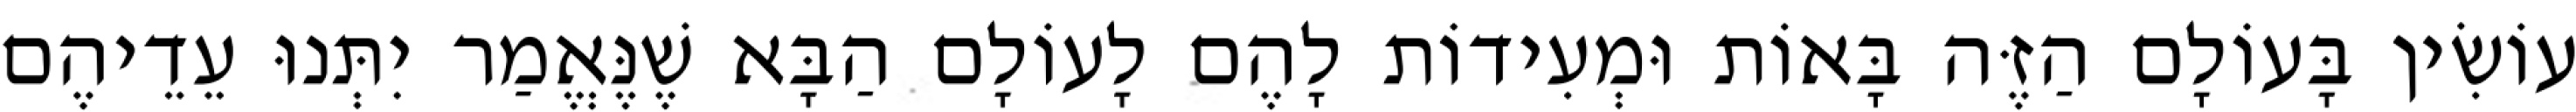
עוֹשִׂין בָּעוֹלָם הַזֶּה בָּאוֹת וּמְעִידוֹת לָהֶם לָעוֹלָם הַבָּא שֶׁנֶּאֱמַר יִתְּנוּ עֵדֵיהֶם